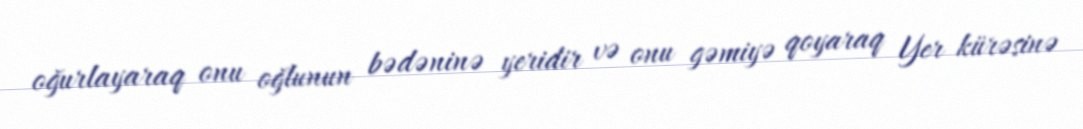
oğurlayaraq onu oğlunun bədəninə yeridir və onu gəmiyə qoyaraq Yer kürəsinə